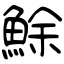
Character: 鮽